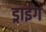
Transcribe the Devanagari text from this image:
ड्राईंग